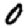
Digit: 0